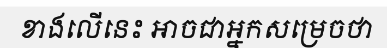
ខាងលើនេះ អាចជាអ្នកសម្រេចថា